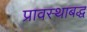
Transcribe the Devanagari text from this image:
प्रावस्थाबद्ध